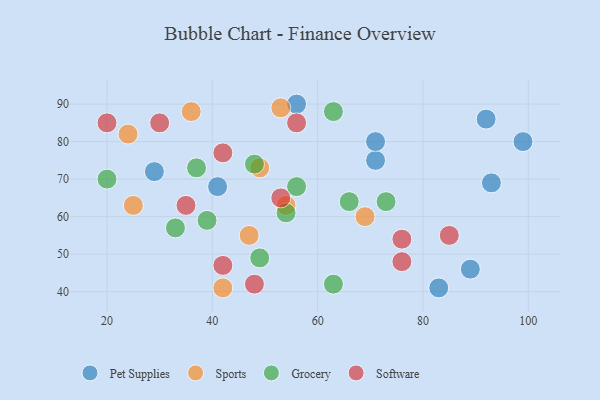
{"axis": {"x": "GDP", "y": "Life Expectancy"}, "legend": ["Grocery", "Pet Supplies", "Software", "Sports"], "data": [{"x": "71", "y": 75, "type": "Pet Supplies"}, {"x": "56", "y": 90, "type": "Pet Supplies"}, {"x": "93", "y": 69, "type": "Pet Supplies"}, {"x": "83", "y": 41, "type": "Pet Supplies"}, {"x": "89", "y": 46, "type": "Pet Supplies"}, {"x": "29", "y": 72, "type": "Pet Supplies"}, {"x": "99", "y": 80, "type": "Pet Supplies"}, {"x": "71", "y": 80, "type": "Pet Supplies"}, {"x": "92", "y": 86, "type": "Pet Supplies"}, {"x": "41", "y": 68, "type": "Pet Supplies"}, {"x": "53", "y": 89, "type": "Sports"}, {"x": "24", "y": 82, "type": "Sports"}, {"x": "25", "y": 63, "type": "Sports"}, {"x": "54", "y": 63, "type": "Sports"}, {"x": "49", "y": 73, "type": "Sports"}, {"x": "42", "y": 41, "type": "Sports"}, {"x": "69", "y": 60, "type": "Sports"}, {"x": "47", "y": 55, "type": "Sports"}, {"x": "36", "y": 88, "type": "Sports"}, {"x": "63", "y": 42, "type": "Grocery"}, {"x": "48", "y": 74, "type": "Grocery"}, {"x": "73", "y": 64, "type": "Grocery"}, {"x": "63", "y": 88, "type": "Grocery"}, {"x": "33", "y": 57, "type": "Grocery"}, {"x": "56", "y": 68, "type": "Grocery"}, {"x": "39", "y": 59, "type": "Grocery"}, {"x": "54", "y": 61, "type": "Grocery"}, {"x": "20", "y": 70, "type": "Grocery"}, {"x": "66", "y": 64, "type": "Grocery"}, {"x": "37", "y": 73, "type": "Grocery"}, {"x": "49", "y": 49, "type": "Grocery"}, {"x": "85", "y": 55, "type": "Software"}, {"x": "42", "y": 77, "type": "Software"}, {"x": "42", "y": 47, "type": "Software"}, {"x": "48", "y": 42, "type": "Software"}, {"x": "30", "y": 85, "type": "Software"}, {"x": "56", "y": 85, "type": "Software"}, {"x": "76", "y": 54, "type": "Software"}, {"x": "35", "y": 63, "type": "Software"}, {"x": "20", "y": 85, "type": "Software"}, {"x": "53", "y": 65, "type": "Software"}, {"x": "76", "y": 48, "type": "Software"}]}